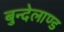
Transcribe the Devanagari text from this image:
बुन्देलाण्ड